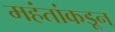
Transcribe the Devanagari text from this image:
महंतांकडून